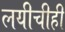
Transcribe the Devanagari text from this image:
लयीचीही